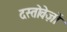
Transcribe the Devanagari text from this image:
दस्‍तोवेज़ों